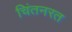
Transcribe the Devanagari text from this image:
चिंतनरत